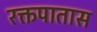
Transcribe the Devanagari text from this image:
रक्तपातास